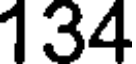
134